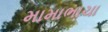
મામાભાચા